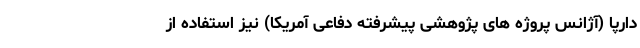
دارپا (آژانس پروژه های پژوهشی پیشرفته دفاعی آمریکا) نیز استفاده از